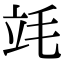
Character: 竓